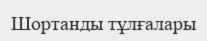
Шортанды тұлғалары